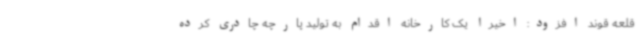
قلعه قوند افزود: اخیرا یک کارخانه اقدام به تولید پارچه چادری کرده